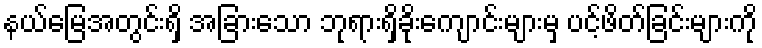
နယ်မြေအတွင်းရှိ အခြားသော ဘုရားရှိခိုးကျောင်းများမှ ပင့်ဖိတ်ခြင်းများကို